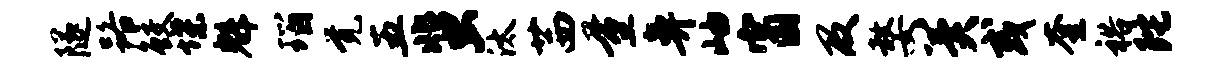
隧路鲛堞魁瑙觉五蜚汰茜量鼻岫窗及嫠冀或奎裕陀